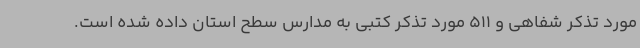
مورد تذکر شفاهی و 511 مورد تذکر کتبی به مدارس سطح استان داده شده است.